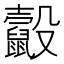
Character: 𪕸